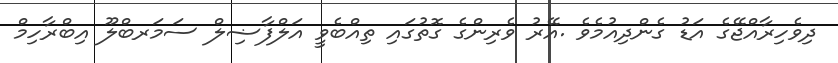
ދިވެހިރާއްޖޭގެ އަޑު ގެންދިއުމެވެ .އޭރު ވެރިންގެ ގޮތުގައި ތިއްބެވީ އަލްފާޟިލް ސަމަރބްލޫ އިބްރާހިމް